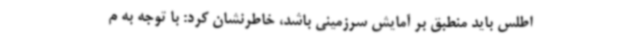
اطلس باید منطبق بر آمایش سرزمینی باشد، خاطرنشان کرد: با توجه به م